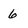
Character: 6